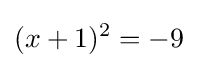
(x+1)^{2}=-9